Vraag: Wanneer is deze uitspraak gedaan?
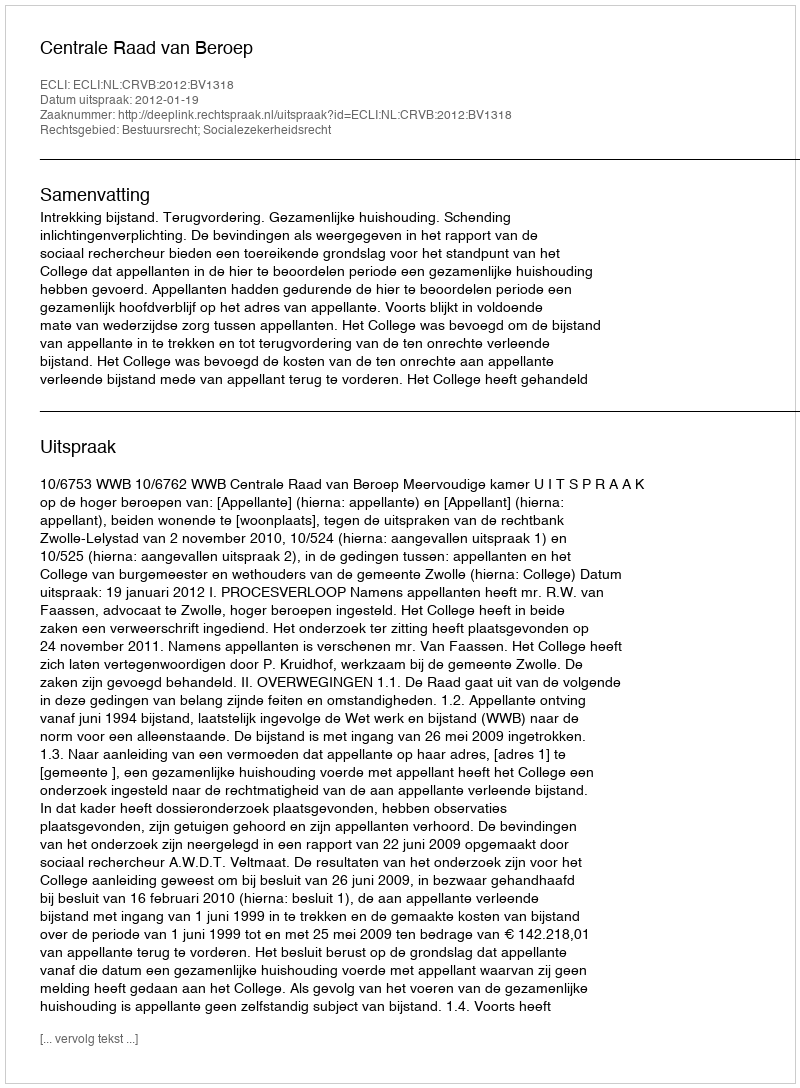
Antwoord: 2012-01-19